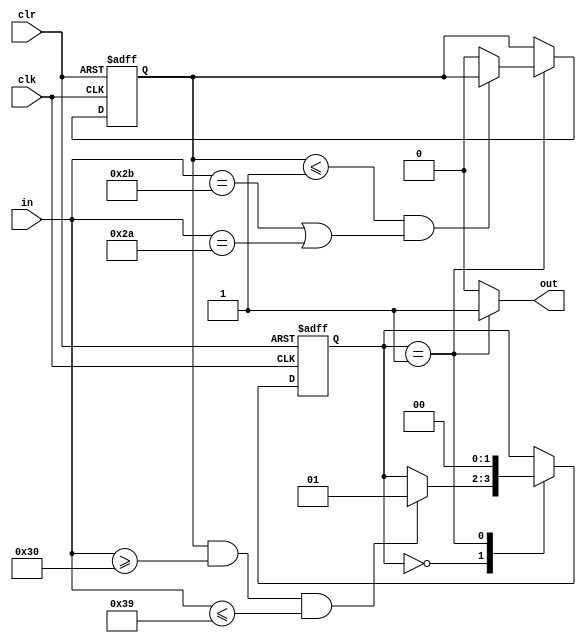
`timescale 1ns / 1ps
//////////////////////////////////////////////////////////////////////////////////
// Company: 
// Engineer: 
// 
// Design Name: 
// Module Name:    string 
// Project Name: 
// Target Devices: 
// Tool versions: 
// Description: 
//
// Dependencies: 
//
// Revision: 
// Revision 0.01 - File Created
// Additional Comments: 
//
//////////////////////////////////////////////////////////////////////////////////
`define S0 2'b00
`define S1 2'b01
`define S2 2'b10
module string(
	input clk,
	input clr,
	input [7:0] in,
	output out
    );
	 reg [1:0] state;
	 reg flag;
	 initial begin
		state <= `S0;
		flag <= 1'b1;
	 end
	always@(posedge clk, posedge clr) begin
		if (clr == 1) begin
			state <= `S0;
			flag <= 1'b1;
			
		end
		else begin
			case(state)
				`S0: begin
					if (flag == 1'b1 && in >= "0" && in <= "9") begin
						state <= `S1;
					end
					else begin
					end
				end
				`S1: begin
					if (flag <= 1'b1 && (in == "+" || in == "*")) begin
						state <= `S0;
					end
					else begin
						state <= `S0;
						flag <= 1'b0;
					end
				end
			endcase
		end
	end
	assign out = (state == `S1) ? 1 : 0;
endmodule